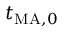
t _ { \mathrm { M A } , 0 }